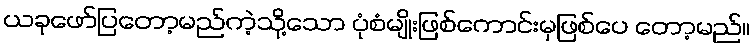
ယခုဖော်ပြတော့မည်ကဲ့သို့သော ပုံစံမျိုးဖြစ်ကောင်းမှဖြစ်ပေ တော့မည်။